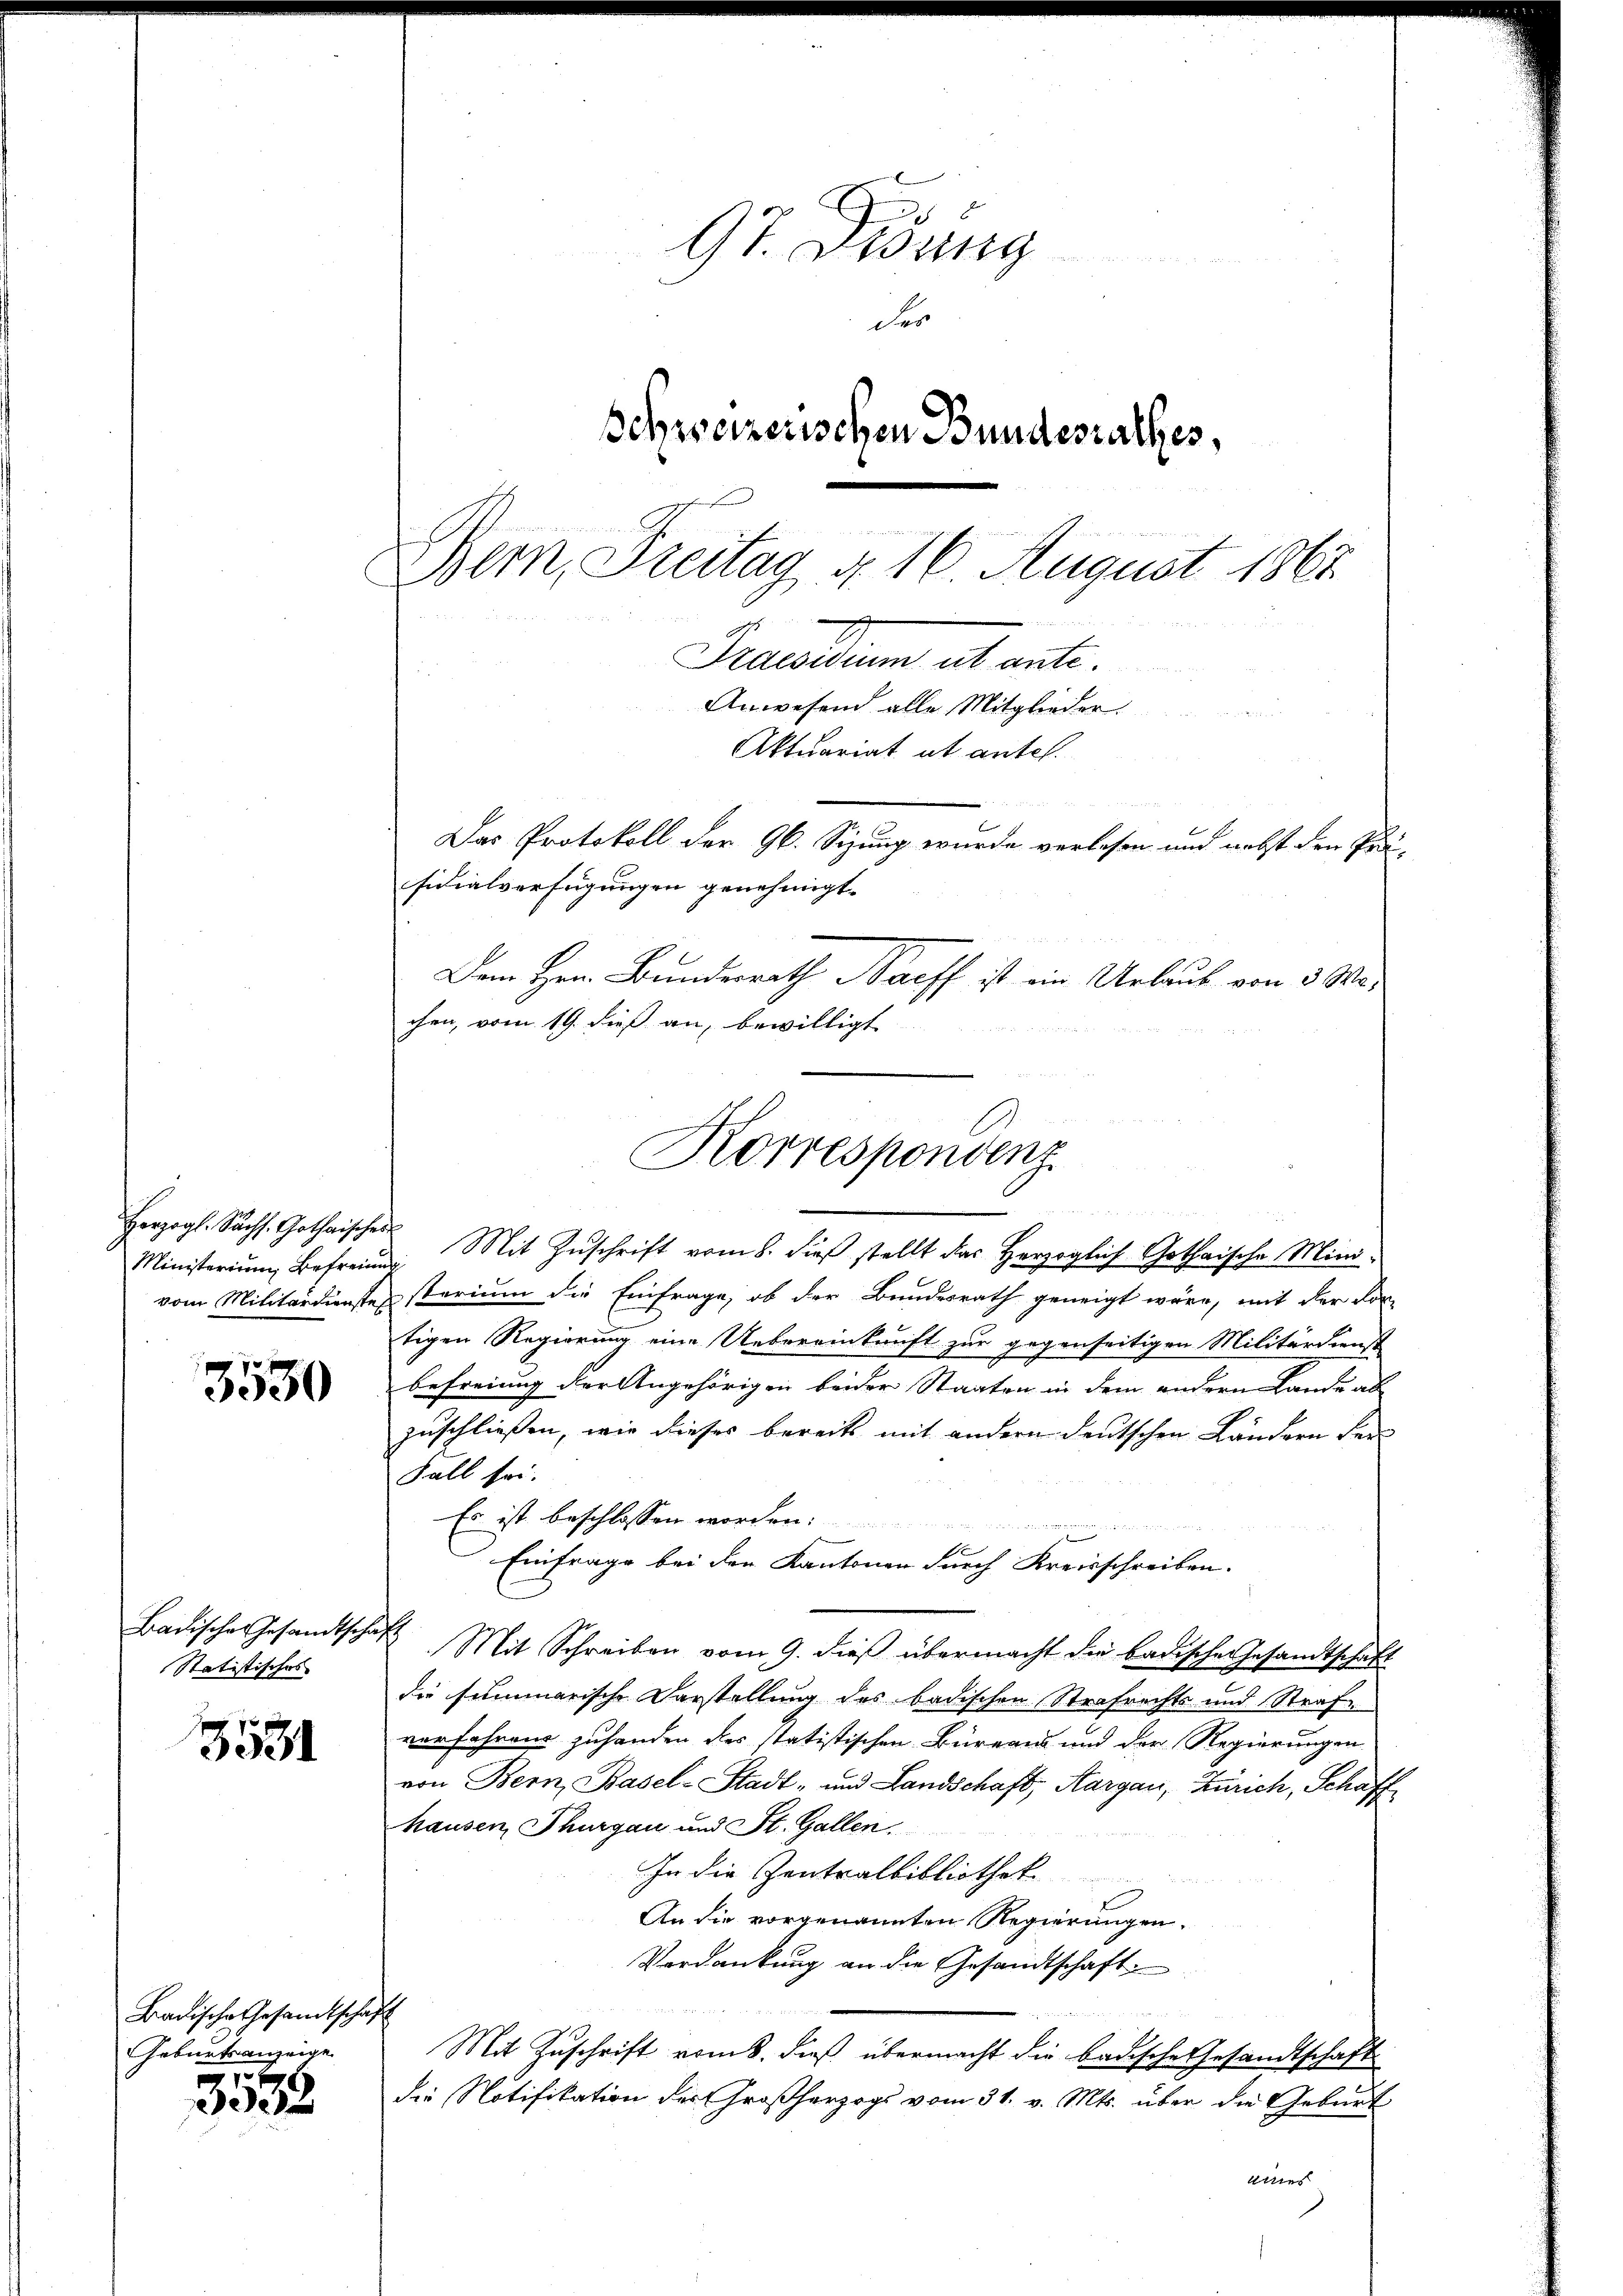
Ministerium Befreien

3530

Badische Gesandtsch
Statistisches

3531

Badische Gesamtschaft
Geburtsanzeige

3533.

97. Didung
des
schweizerischen Bundesrathes,

Bern, Freitag d. 16. August 1867
Ozdesidium ut ante.
Anwesend alle Mitglieder.
u
Aktuariat ut antel.
Das Protokoll der Gl. Sizung wurde verlesen und nebst den Pri-
sidialverfügungen genehmigt.
Dem Hrn. Bundesrath Harff ist ein Urlaub von 3 Wo-
chen, vom 19. dieß an, bewilligt

vom Militärdienste starium die Einfrage, ob der Bundesrath geneigt wäre, mit der Vor-
tigen Regierung eine Uebereinkunft zur gegenseitigen Militärdienst
Befreiung der Angehörigen beider Staaten in dem andern Lande ab
zuschließen, wie dieses bereits mit andern deutschen Ländern den
Fall sei.
Es ist beschlossen worden.
Einfrage bei den Kantonen durch Kreisschreiben.
has Mit Schreiben vom 9. dieß übermacht die badische Gesandtschaft
die summarische Darstellung des badischen Strafrechts und Strafe
verfahren zuhanden das statistischen Büreaus und der Regierungen
von Bern, Basel-Stadt- und Landschaft, Aargau, Zürich, Schaff
hausen, Thurgau und St. Gallen.
In die Zentralbibliothek
An die vorgenannten Regierungen.
Verdankung an die Gesandtschaft.

B H
Mit Zuschrift vom 8. dieß übermacht die badische Gesandtschaft
die Notifikation der Großherzogs vom 31. v. Mts. über die Geburt
aines

d

Korrespondenz
Herzogl. Sächs. Gothisches Mit Zŭschrift vom 8. dieβ stellt das Herzoglich Gothaische Mini¬